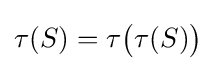
\tau (S)=\tau {\bigl (}\tau (S){\bigr )}